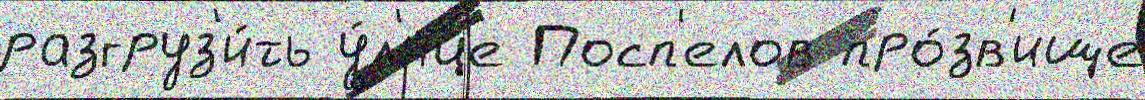
разгруз'и́ть у́л'ице Посп'елов про́зв'ище